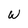
Character: W